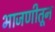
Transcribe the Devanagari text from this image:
भाजणीतून